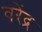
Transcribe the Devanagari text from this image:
वरेंद्र